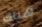
هناك